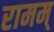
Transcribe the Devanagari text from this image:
रामम्